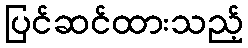
ပြင်ဆင်ထားသည့်